Vaccination in Bombay 1913-1923 - 1913-1923
Year: 1913
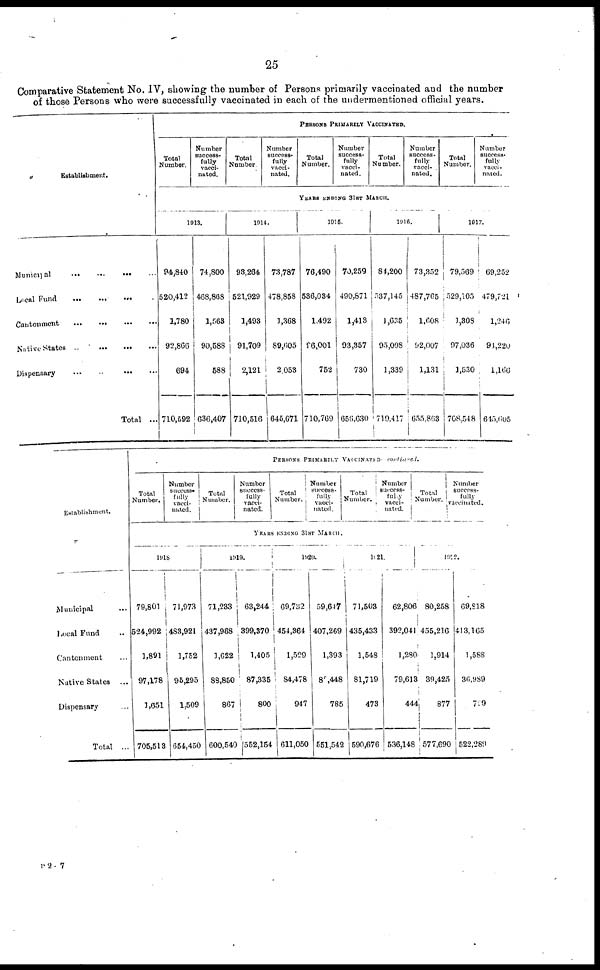
25
Comparative Statement No. IV, showing the number of Persons primarily vaccinated and the number
of those Persons who were successfully vaccinated in each of the undermentioned official years.
Establishment.
Municipal
...
...
...
Local Fund
...
...
...
Cantonment
...
...
...
...
Native States
...
...
...
...
Dispensary
...
...
...
...
Total ...
PERSONS PRIMARILY VACCINATED.
Total
Number.
Number
success-
fully
vacci-
nated.
Total
Number.
Number
success-
fully
vacci-
nated.
Total
Number.
Number
success-
fully
vacci-
nated.
Total
Number.
Number
success-
fully
vacci-
nated.
Total
Number.
Number
success-
fully
vacci¬
nated.
YEARS ENDING 31ST MARCH.
1913.
94,840
520,412
1,780
92,866
694
710,592
74,800
468,868
1,563
90,588
588
636,407
1914.
93,264
521,929
1,493
91,709
2,121
710,516
73,787
478,858
1,368
89,605
2,053
645,671
1915.
76,490
536,034
1,492
96,001
752
710,769
70,259
490,871
1,413
93,357
730
656,630
1916.
84,200
537,145
1,635
95,098
1,339
719,417
73,352
487,765
1,608
92,007
1,131
655,863
1917.
79,569
529,105
1,308
97,036
3,530
708,548
69,252
479,721
1,246
94,220
1,166
645,605
Establishment.
Municipal ...
Local Fund ...
Cantonment ...
Native States
...
Dispensary ...
Total
...
PERSONS PRIMARILY VACCINATED- continued.
Total
Number.
Number
success¬
fully
vacci¬
nated.
Total
Number.
Number
success-
fully
vacci-
nated.
Total
Number.
Number
success¬
fully
vacci¬
nated.
Total
Number.
Number
success¬
fully
vacci¬
uated.
Total
Number.
Number
success-
fully
vaccinated.
YEARS ENDING 31ST MARCH.
1918
79,801
524,992
1,891
97,178
1,651
705,513
71,973
483,921
1,752
95,295
1,509
654,450
1919.
71,233
437,968
1,622
88,850
867
600,540
63,244
399,370
1,405
87,335
800
552,154
1920.
69,732
454,364
1,529
84,478
947
611,050
59,647
407,269
1,393
80,448
785
551,542
1921.
71,503
435,433
1,548
81,719
473
590,676
62,806
392,041
1,280
79,613
444
536,148
1922.
80,258
455,216
1,914
39,425
877
577,690
69,818
413,165
1,588
36,989
729
522,289
P 2 — 7